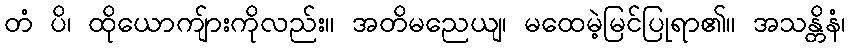
တံ ပိ၊ ထိုယောကျ်ားကိုလည်း။ အတိမညေယျ၊ မထေမဲ့မြင်ပြုရာ၏။ အသန္တိနံ၊